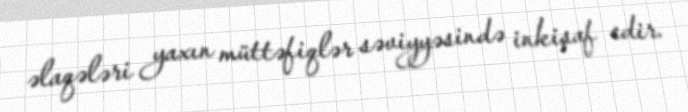
əlaqələri yaxın müttəfiqlər səviyyəsində inkişaf edir.